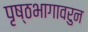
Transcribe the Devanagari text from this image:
पृष्ठभागावरुन